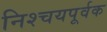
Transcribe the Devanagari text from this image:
निश्‍चयपूर्वक